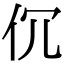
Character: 伔